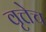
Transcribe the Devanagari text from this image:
वृत्तेच